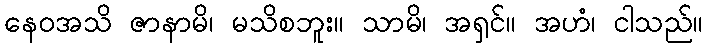
နေဝအသိ ဇာနာမိ၊ မသိစဘူး။ သာမိ၊ အရှင်။ အဟံ၊ ငါသည်။